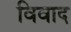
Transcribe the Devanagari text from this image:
विवाद